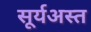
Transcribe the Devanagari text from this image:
सूर्यअस्त